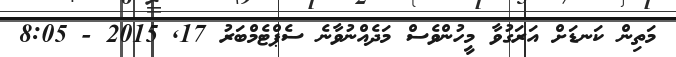
މަތިން ކަނޑަށް އަރަގުވާ މީހުންވެސް މަދެއްނުވާނެ ސެޕްޓެމްބަރު 17